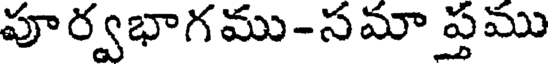
పూర్వభాగము-సమా ప్తము